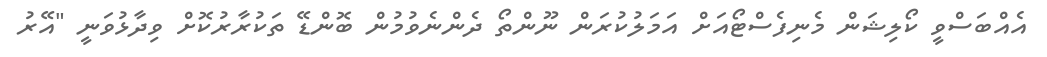
އެއްބަސްވީ ކޯލިޝަން މެނިފެސްޓޯއަށް އަމަލުކުރަން ނޫންތޯ ދެންނެވުމުން ބޮންޑޭ ތަކުރާރުކޮށް ވިދާޅުވަނީީ "އޭރު